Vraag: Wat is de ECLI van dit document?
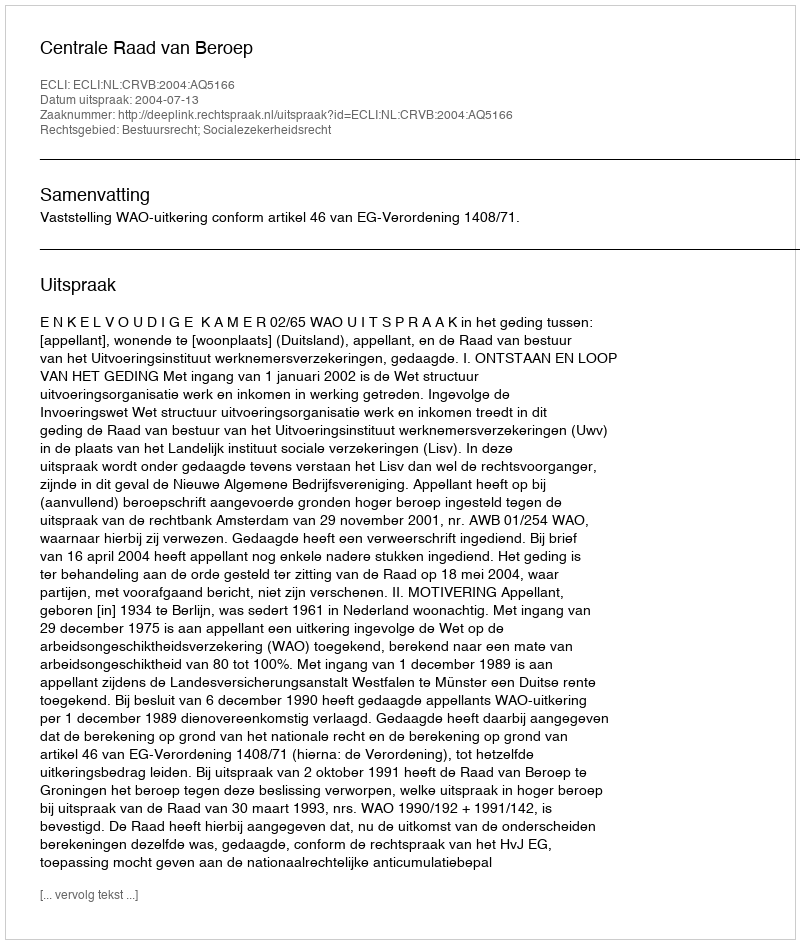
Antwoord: ECLI:NL:CRVB:2004:AQ5166